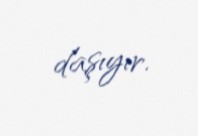
daşıyır.